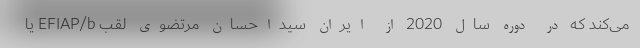
می‌کند که در دوره سال 2020 از ایران سیداحسان مرتضوی لقب EFIAP/b یا